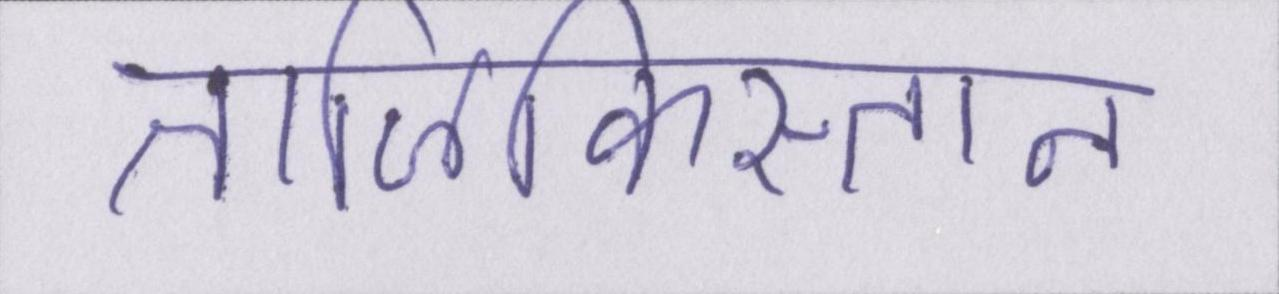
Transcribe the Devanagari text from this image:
ताजिकिस्तान